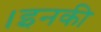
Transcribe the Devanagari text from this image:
।इनकी